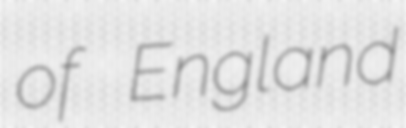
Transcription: of England